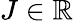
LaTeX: J\in\mathbb R